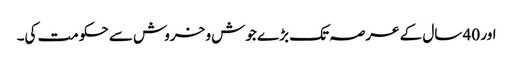
اور 40 سال کے عرصہ تک بڑے جوش و خروش سے حکومت کی۔